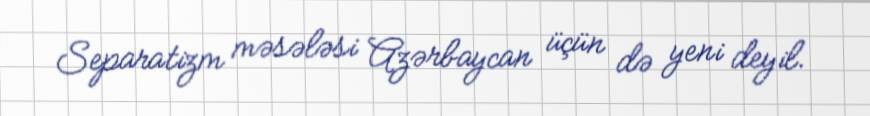
Separatizm məsələsi Azərbaycan üçün də yeni deyil.